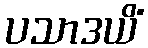
ပသာဒယိံ